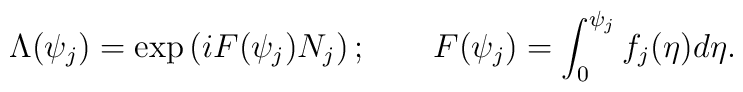
\Lambda (\psi _{j})=\exp \left( iF(\psi _{j})N_{j}\right) ;\qquad F(\psi_{j})=\int_{0}^{\psi _{j}}f_{j}(\eta )d\eta .